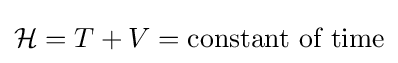
{\mathcal {H}}=T+V={\text{constant of time}}